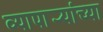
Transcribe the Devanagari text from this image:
व्यापार्‍यांच्या